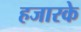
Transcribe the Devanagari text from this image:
हजारके